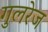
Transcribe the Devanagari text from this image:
गुलरेज